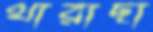
থারাছা